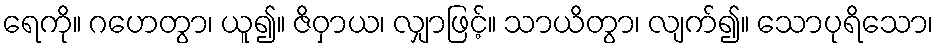
ရေကို။ ဂဟေတွာ၊ ယူ၍။ ဇိဝှာယ၊ လျှာဖြင့်။ သာယိတွာ၊ လျက်၍။ သောပုရိသော၊